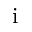
\mathrm { i }